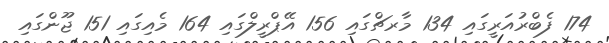
174 ފެބްރުއަރީގައި 134 މާރޗްގައި 156 އޭޕްރީލްގައި 164 މެއިގައި 151 ޖޫންގައި